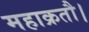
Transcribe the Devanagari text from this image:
महाक्रतौ।